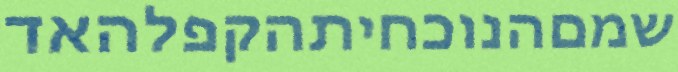
שמםהנוכחיתהקפלהאד